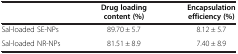
<table><thead><tr><td><b> </b></td><td><b>Drug loading content (%)</b></td><td><b>Encapsulation efficiency (%)</b></td></tr></thead><tbody><tr><td>Sal-loaded SE-NPs</td><td>89.70 ± 5.7</td><td>8.12 ± 5.7</td></tr><tr><td>Sal-loaded NR-NPs</td><td>81.51 ± 8.9</td><td>7.40 ± 8.9</td></tr></tbody></table>